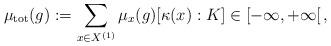
LaTeX: \begin{align*}\mu_{\mathrm{tot}}(g):=\sum_{x\in X^{(1)}}\mu_x(g)[\kappa(x):K]\in[-\infty,+\infty[\,,\end{align*}